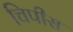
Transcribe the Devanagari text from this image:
चिपीस